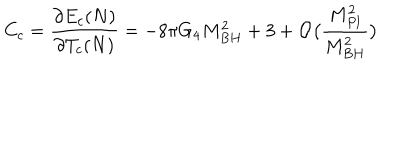
C _ { c } = \frac { \partial E _ { c } ( N ) } { \partial T _ { c } ( N ) } = - 8 \pi G _ { 4 } M _ { B H } ^ { 2 } + 3 + { \cal O } \big ( \frac { M _ { P l } ^ { 2 } } { M _ { B H } ^ { 2 } } \big )